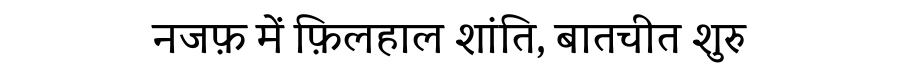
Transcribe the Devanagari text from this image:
नजफ़ में फ़िलहाल शांति, बातचीत शुरु